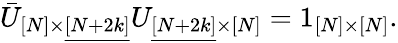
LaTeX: \bar{U}_{[N]\times\underline{{{[N+2k]}}}}U_{\underline{{{[N+2k]}}}\times[N]}=1_{[N]\times[N]}.